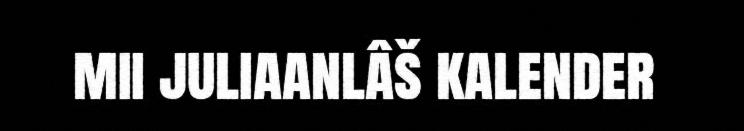
mii juliaanlâš kalender